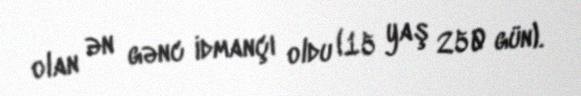
olan ən gənc idmançı oldu (15 yaş 250 gün).